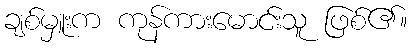
ချစ်မှူးက ကုန်ကားမောင်းသူ ဖြစ်၏။